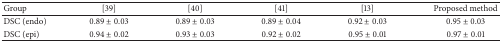
<table><thead><tr><td><b>Group</b></td><td><b>[39]</b></td><td><b>[40]</b></td><td><b>[41]</b></td><td><b>[13]</b></td><td><b>Proposed method</b></td></tr></thead><tbody><tr><td>DSC (endo)</td><td>0.89 ± 0.03</td><td>0.89 ± 0.03</td><td>0.89 ± 0.04</td><td>0.92 ± 0.03</td><td>0.95 ± 0.03</td></tr><tr><td>DSC (epi)</td><td>0.94 ± 0.02</td><td>0.93 ± 0.03</td><td>0.92 ± 0.02</td><td>0.95 ± 0.01</td><td>0.97 ± 0.01</td></tr></tbody></table>